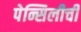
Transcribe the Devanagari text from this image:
पेन्सिलीची